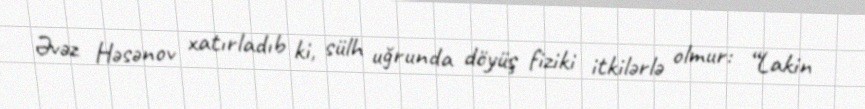
Əvəz Həsənov xatırladıb ki, sülh uğrunda döyüş fiziki itkilərlə olmur: “Lakin